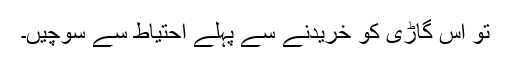
تو اس گاڑی کو خریدنے سے پہلے احتیاط سے سوچیں۔